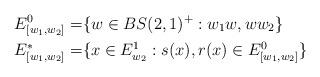
LaTeX: \begin{align*}E_{[w_1,w_2]}^0=& \{w\in BS(2,1)^+: w_1 w , w w_2 \} \\E_{[w_1,w_2]}^*=&\{ x\in E^1_{w_2}: s(x),r(x) \in E_{[w_1,w_2]}^0 \}\end{align*}